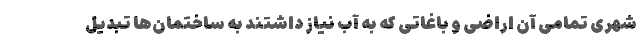
شهری تمامی آن اراضی و باغاتی که به آب نیاز داشتند به ساختمان‌ها تبدیل